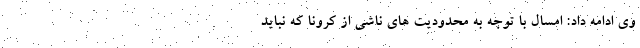
وی ادامه داد: امسال با توجه به محدودیت های ناشی از کرونا که نباید